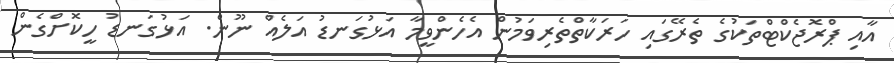
އާއި ޕްރޮޖެކްޓްތަކުގެ ތެރޭގައި ހަރަކާތްތެރިވަމުން އެހެންވީމާ އަޅުގަނޑު އަލެއް ނޫން. އަޅުގަނޑު ހީކޮށްގެން